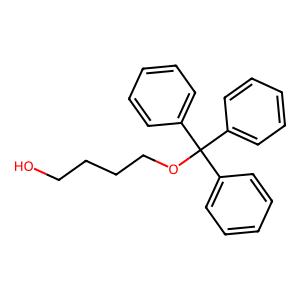
SMILES: OCCCCOC(c1ccccc1)(c1ccccc1)c1ccccc1
Inhibits HIV replication: No